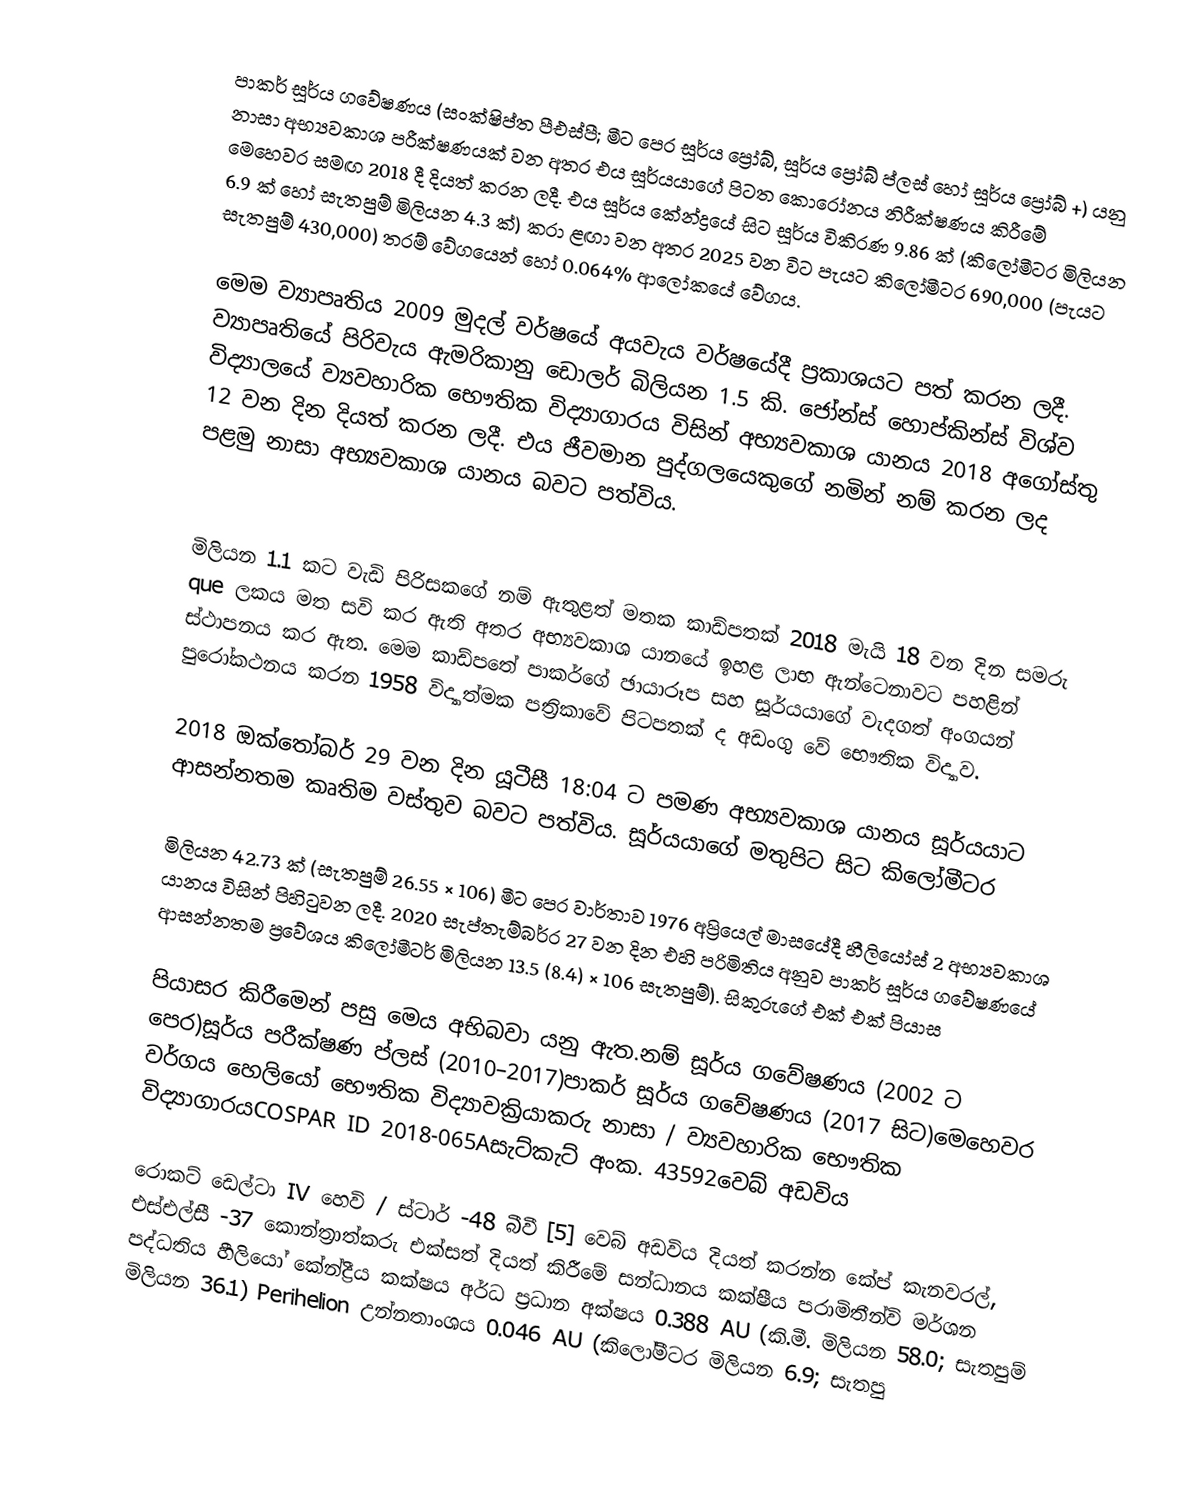
පාකර් සූර්ය ගවේෂණය (සංක්ෂිප්ත පීඑස්පී; මීට පෙර සූර්ය ප්‍රෝබ්, සූර්ය ප්‍රෝබ් ප්ලස් හෝ සූර්ය ප්‍රෝබ් +) යනු නාසා අභ්‍යවකාශ පරීක්ෂණයක් වන අතර එය සූර්යයාගේ පිටත කොරෝනය නිරීක්ෂණය කිරීමේ මෙහෙවර සමඟ 2018 දී දියත් කරන ලදී. එය සූර්ය කේන්ද්‍රයේ සිට සූර්ය විකිරණ 9.86 ක් (කිලෝමීටර මිලියන 6.9 ක් හෝ සැතපුම් මිලියන 4.3 ක්) කරා ළඟා වන අතර 2025 වන විට පැයට කිලෝමීටර 690,000 (පැයට සැතපුම් 430,000) තරම් වේගයෙන් හෝ 0.064% ආලෝකයේ වේගය.

මෙම ව්‍යාපෘතිය 2009 මුදල් වර්ෂයේ අයවැය වර්ෂයේදී ප්‍රකාශයට පත් කරන ලදී. ව්‍යාපෘතියේ පිරිවැය ඇමරිකානු ඩොලර් බිලියන 1.5 කි. ජෝන්ස් හොප්කින්ස් විශ්ව විද්‍යාලයේ ව්‍යවහාරික භෞතික විද්‍යාගාරය විසින් අභ්‍යවකාශ යානය 2018 අගෝස්තු 12 වන දින දියත් කරන ලදී. එය ජීවමාන පුද්ගලයෙකුගේ නමින් නම් කරන ලද පළමු නාසා අභ්‍යවකාශ යානය බවට පත්විය.

මිලියන 1.1 කට වැඩි පිරිසකගේ නම් ඇතුළත් මතක කාඩ්පතක් 2018 මැයි 18 වන දින සමරු que ලකය මත සවි කර ඇති අතර අභ්‍යවකාශ යානයේ ඉහළ ලාභ ඇන්ටෙනාවට පහළින් ස්ථාපනය කර ඇත. මෙම කාඩ්පතේ පාකර්ගේ ඡායාරූප සහ සූර්යයාගේ වැදගත් අංගයන් පුරෝකථනය කරන 1958 විද්‍යාත්මක පත්‍රිකාවේ පිටපතක් ද අඩංගු වේ භෞතික විද්‍යාව.

2018 ඔක්තෝබර් 29 වන දින යූටීසී 18:04 ට පමණ අභ්‍යවකාශ යානය සූර්යයාට ආසන්නතම කෘතිම වස්තුව බවට පත්විය. සූර්යයාගේ මතුපිට සිට කිලෝමීටර

මිලියන 42.73 ක් (සැතපුම් 26.55 × 106) මීට පෙර වාර්තාව 1976 අප්‍රියෙල් මාසයේදී හීලියෝස් 2 අභ්‍යවකාශ යානය විසින් පිහිටුවන ලදී. 2020 සැප්තැම්බර්ර 27 වන දින එහි පරිමිතිය අනුව පාකර් සූර්ය ගවේෂණයේ ආසන්නතම ප්‍රවේශය කිලෝමීටර් මිලියන 13.5 (8.4) × 106 සැතපුම්). සිකුරුගේ එක් එක් පියාස

පියාසර කිරීමෙන් පසු මෙය අභිබවා යනු ඇත.නම් සූර්ය ගවේෂණය (2002 ට පෙර)සූර්ය පරීක්ෂණ ප්ලස් (2010–2017)පාකර් සූර්ය ගවේෂණය (2017 සිට)මෙහෙවර වර්ගය හෙලියෝ භෞතික විද්‍යාවක්‍රියාකරු නාසා / ව්‍යවහාරික භෞතික විද්‍යාගාරයCOSPAR ID 2018-065Aසැට්කැට් අංක. 43592වෙබ් අඩවිය

රොකට් ඩෙල්ටා IV හෙවි / ස්ටාර් -48 බීවී [5] වෙබ් අඩවිය දියත් කරන්න කේප් කැනවරල්, එස්එල්සී -37 කොන්ත්‍රාත්කරු එක්සත් දියත් කිරීමේ සන්ධානය කක්ෂීය පරාමිතීන්වි මර්ශන පද්ධතිය හීලියෝ කේන්ද්‍රීය කක්ෂය අර්ධ ප්‍රධාන අක්ෂය 0.388 AU (කි.මී. මිලියන 58.0; සැතපුම් මිලියන 36.1) Perihelion උන්නතාංශය 0.046 AU (කිලෝමීටර මිලියන 6.9; සැතපු